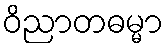
ဝိညာတဓမ္မာ